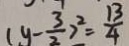
( y - \frac { 3 } { 2 } ) ^ { 2 } = \frac { 1 3 } { 4 }